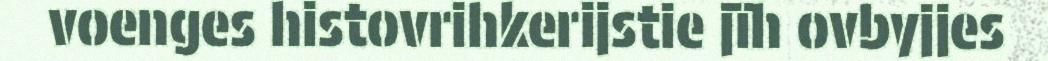
voenges histovrihkerijstie jïh ovbyjjes